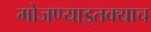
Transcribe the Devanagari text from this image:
मोजण्याइतक्याच